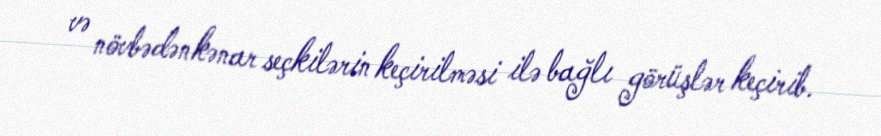
və növbədənkənar seçkilərin keçirilməsi ilə bağlı görüşlər keçirib.